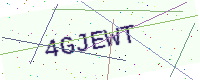
Text: 4GJEWT